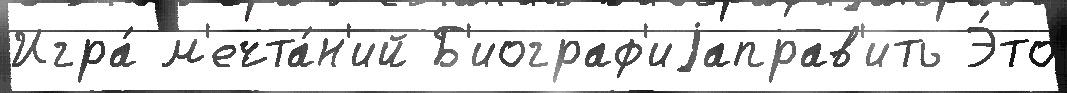
Игра́ м'ечта́н'ий Б'иограф'иjаправ'ить Э́то